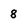
Character: 8